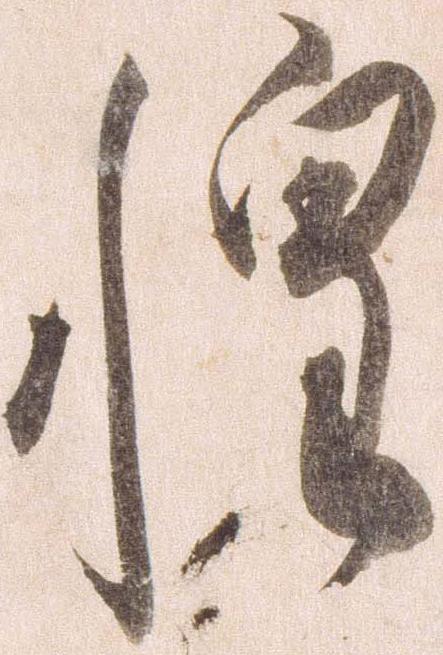
惶